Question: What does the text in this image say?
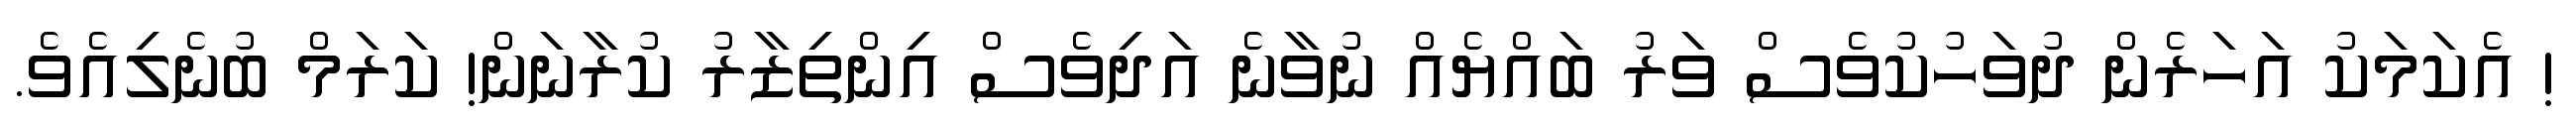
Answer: ! އެކަމަކު އަހަރެން ދުވަހުކުވެސް ވަރު ބައްޔެއް ނުވާނެ އަދިވެސް އިންތިޒާރު ކުރާނަން! ކަރަމް ބުނެލިއެވެ.